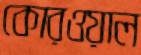
কোরওয়াল